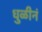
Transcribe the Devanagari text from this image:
धुळीनं